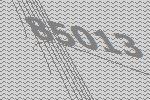
85013